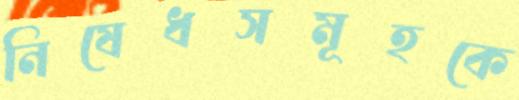
নিষেধসমূহকে